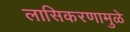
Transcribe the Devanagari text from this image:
लासिकरणामुळे